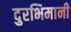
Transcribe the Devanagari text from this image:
दुरभिमानी